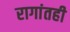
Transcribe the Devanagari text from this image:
रागांतही